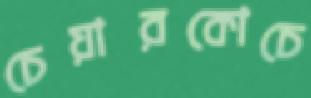
চেয়ারকোচে